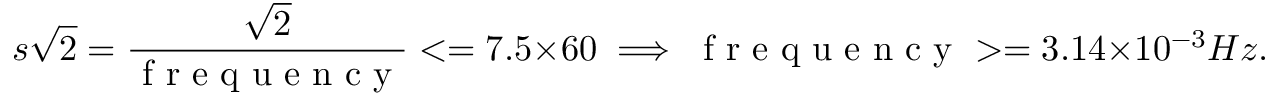
s \sqrt { 2 } = \frac { \sqrt { 2 } } { \mathrm { ~ f ~ r ~ e ~ q ~ u ~ e ~ n ~ c ~ y ~ } } < = 7 . 5 \times 6 0 \implies \mathrm { ~ f ~ r ~ e ~ q ~ u ~ e ~ n ~ c ~ y ~ } > = 3 . 1 4 \times 1 0 ^ { - 3 } H z .